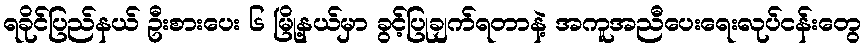
ရခိုင်ပြည်နယ် ဦးစားပေး ၆ မြို့နယ်မှာ ခွင့်ပြုချက်ရတာနဲ့ အကူအညီပေးရေးလုပ်ငန်းတွေ